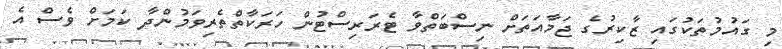
މި ގައުމުތަކުގައި ޒާކިރުގެ ޖަމާއަތަށް ނިސްބަތްވާ ޓެރަރިސްޓުން ހަރަކާތްތެރިވަމުންދާ ކަމަށް ވެސް އެ